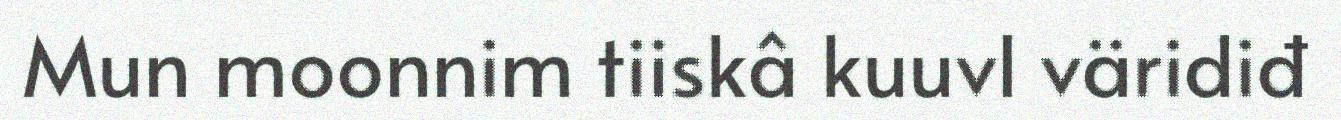
Mun moonnim tiiskâ kuuvl väridiđ